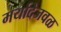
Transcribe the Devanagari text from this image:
मर्यादेजवळ